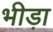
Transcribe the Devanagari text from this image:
भीड़ा